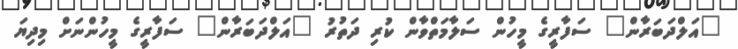
"އަލްދަބަރާން" ސަފާރީގެ މީހުން ސަލާމަތްވާން ކުރި ދަތުރު "އަލްދަބަރާން" ސަފާރީގެ މީހުންނަށް މިދިޔަ